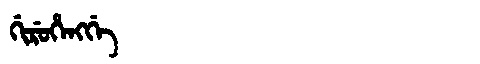
Manchu: ᡤᡳᡵᡠᡥᡝᠩᡤᡝ
Romanization: GIRUHENGGE